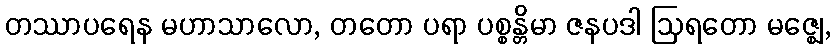
တဿာပရေန မဟာသာလော, တတော ပရာ ပစ္စန္တိမာ ဇနပဒါ ဩရတော မဇ္ဈေ,